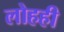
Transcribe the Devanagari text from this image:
लोहही